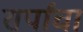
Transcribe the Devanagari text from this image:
सर्पांचा